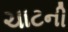
ચાટની